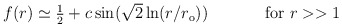
\begin{align*}\begin{array}{cc}f(r)\simeq \textstyle{\frac{1}{2}}+c\sin (\sqrt{2}\ln(r/r_{\rm{o}}))~~~~&~~~~\mbox{for}~r>>1\end{array}\end{align*}